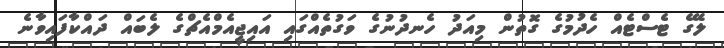
ލޭގެ ޓެސްޓެއް ހެދުމުގެ ގޮތުން މިއަދު ހެނދުނުގެ ވަގުތެއްގައި އައިޖީއެމްއެޗްގެ ލެބައް ދައްކާފައިވާނެ